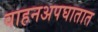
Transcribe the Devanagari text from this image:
वाहनअपघातात